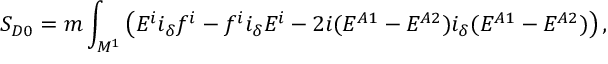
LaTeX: S _ { D 0 } = m \int _ { { \cal M } ^ { 1 } } \left( E ^ { i } i _ { \delta } f ^ { i } - f ^ { i } i _ { \delta } E ^ { i } - 2 i ( E ^ { A 1 } - E ^ { A 2 } ) i _ { \delta } ( E ^ { A 1 } - E ^ { A 2 } ) \right) ,